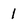
Character: 1